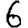
Digit: 6